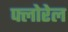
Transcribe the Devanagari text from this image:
फ्लोरेल